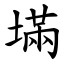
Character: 㙢